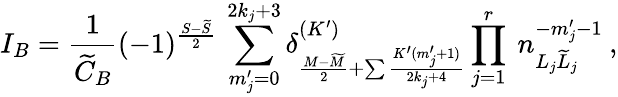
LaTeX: I_{B}=\frac{1}{\widetilde C_{B}}(-1)^{\frac{S-\widetilde{S}}{2}}\: \sum_{m_{j}^{\prime}=0}^{2k_{j}+3}\delta_{\frac{M-\widetilde{M}}{2}+\sum\frac{K^{\prime}(m_{j}^{\prime}+1)}{2k_{j}+4}}^{(K^{\prime})}\prod_{j=1}^{r}\: n_{L_{j}\widetilde{L}_{j}}^{-m_{j}^{\prime}-1}\: ,